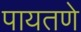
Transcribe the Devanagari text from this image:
पायतणे